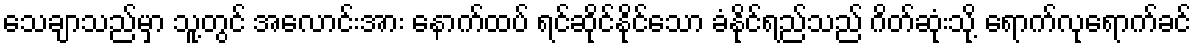
သေချာသည်မှာ သူ့တွင် အလောင်းအား နောက်ထပ် ရင်ဆိုင်နိုင်သော ခံနိုင်ရည်သည် ဂိတ်ဆုံးသို့ ရောက်လုရောက်ခင်